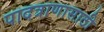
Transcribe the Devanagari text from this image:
पादत्राणासाठी